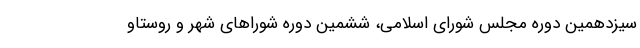
سیزدهمین دوره مجلس شورای اسلامی، ششمین دوره شوراهای شهر و روستاو